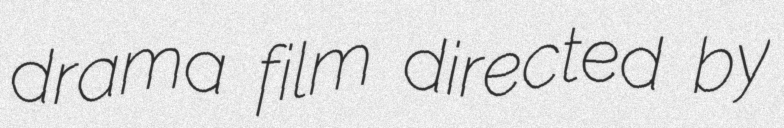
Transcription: drama film directed by